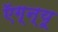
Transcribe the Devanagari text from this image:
ऍग्न्यू